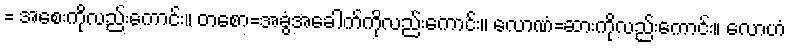
= အစေးကိုလည်းကောင်း။ တစော=အခွံအခေါက်ကိုလည်းကောင်း။ လောဏံ=ဆားကိုလည်းကောင်း။ လောဟံ